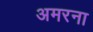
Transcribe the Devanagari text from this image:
अमरना